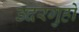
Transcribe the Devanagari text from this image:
उदरगुहो